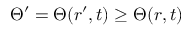
\Theta ^ { \prime } = \Theta ( r ^ { \prime } , t ) \ge \Theta ( r , t )